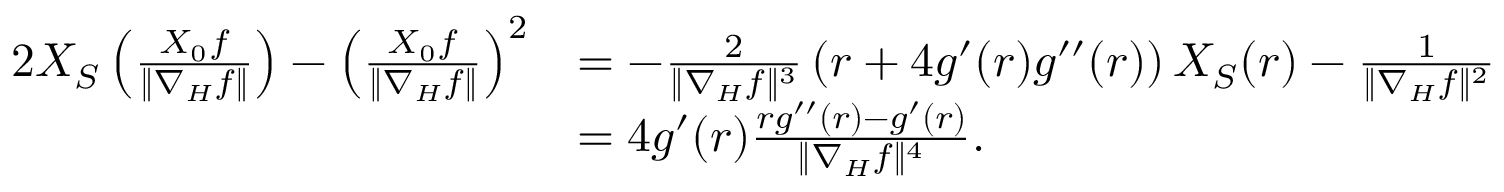
\begin{array} { r l } { 2 X _ { S } \left( \frac { X _ { 0 } f } { \| \nabla _ { H } f \| } \right) - \left( \frac { X _ { 0 } f } { \| \nabla _ { H } f \| } \right) ^ { 2 } } & { = - \frac { 2 } { \| \nabla _ { H } f \| ^ { 3 } } \left( r + 4 g ^ { \prime } ( r ) g ^ { \prime \prime } ( r ) \right) X _ { S } ( r ) - \frac { 1 } { \| \nabla _ { H } f \| ^ { 2 } } } \\ & { = 4 g ^ { \prime } ( r ) \frac { r g ^ { \prime \prime } ( r ) - g ^ { \prime } ( r ) } { \| \nabla _ { H } f \| ^ { 4 } } . } \end{array}